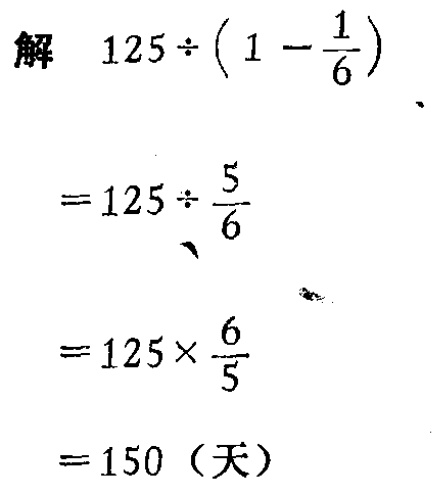
解

\[

\begin{align*}

&125\div\left(1 - \frac{1}{6}\right)\\

=&125\div\frac{5}{6}\\

=&125\times\frac{6}{5}\\

=&150 \text{（天）}

\end{align*}

\]